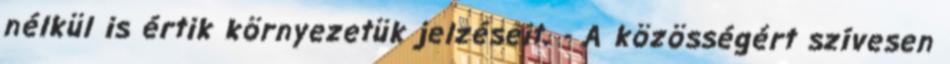
nélkül is értik környezetük jelzéseit. - A közösségért szívesen